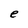
Character: e